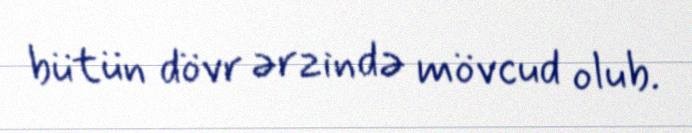
bütün dövr ərzində mövcud olub.